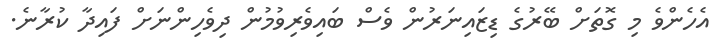
އެހެންވެ މި ގޮތަށް ބޭރުގެ ޑިޒައިނަރުން ވެސް ބައިވެރިވުމުން ދިވެހިންނަށް ފައިދާ ކުރާނެ.